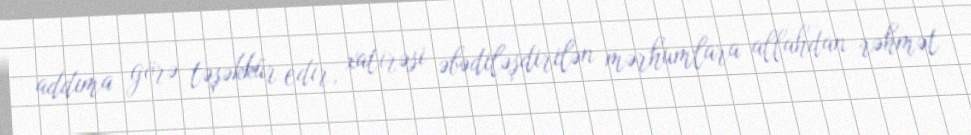
addıma görə təşəkkür edir, xatirəsi əbədiləşdirilən mərhumlara allahdan rəhmət